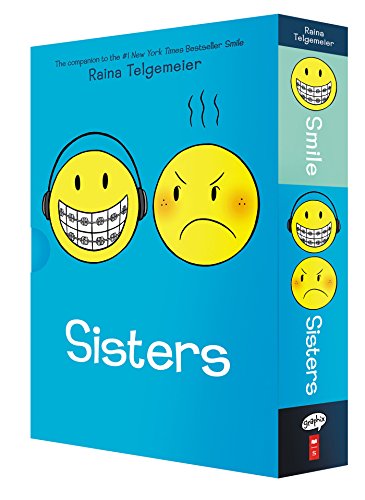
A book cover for Smile and Sisters: The Box Set; Raina Telgemeier; Teen & Young Adult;